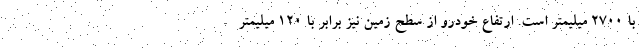
با 2700 میلیمتر است. ارتفاع خودرو از سطح زمین نیز برابر با 120 میلیمتر